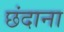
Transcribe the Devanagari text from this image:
छंदाना